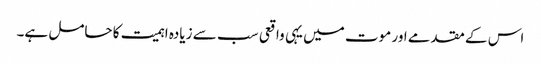
اس کے مقدمے اور موت میں یہی واقعی سب سے زیادہ اہمیت کا حامل ہے۔